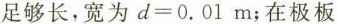
足够长，宽为$$d=0.01m$$；在极板